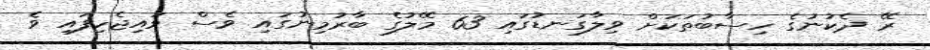
ރޭ ދެކުނުގެ ހިސާބުތަކަށް ވިލާގަނޑުގައި 63 މޭލުގެ ބާރުމިނުގައި ވެސް ވައިޖެހިފައި ވެ